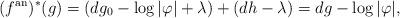
LaTeX: \begin{align*}(f^{\mathrm{an}})^*(g) = (d g_0 - \log |\varphi| + \lambda) + (d h - \lambda) = d g - \log |\varphi|,\end{align*}